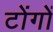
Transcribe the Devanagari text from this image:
टोंगों